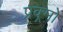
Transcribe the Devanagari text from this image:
प्रक्र्मों